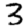
Digit: 3